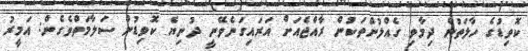
ކޮވިޑުގެ ހާލަތުން ދިމާވި ގެއްލުންތަކުން ރާއްޖެއަށް އަރައިގަނެވޭނީ ދުނިޔެ ކޮވިޑުން ސަލާމަތްވެގެން: އަމީރު